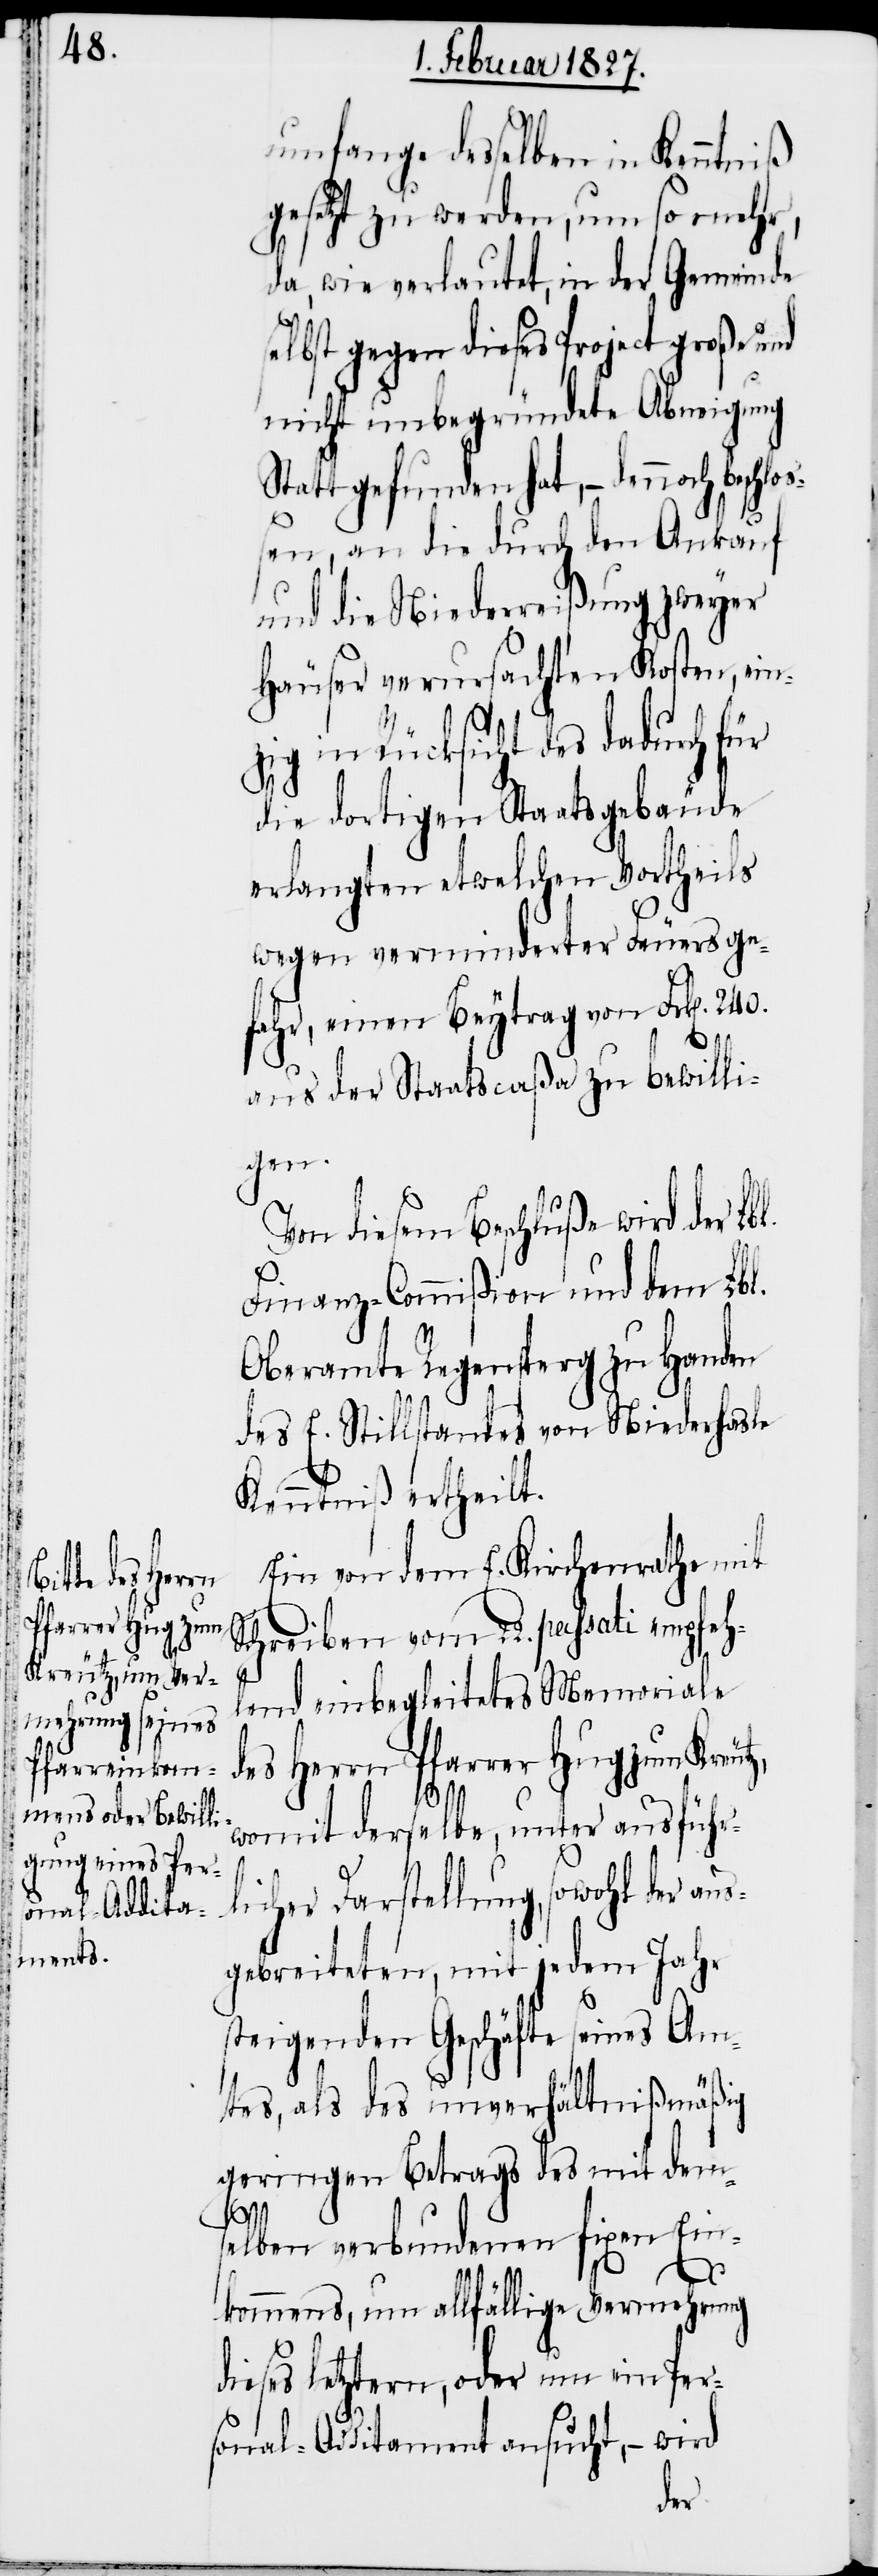
l.

umfange desselben in Kenntniß
gesezt zu werden, um so mehr,
da, wie verlautet, in der Gemeinde
elbst gegen dieses Project große
nicht unbegründete Abneigung
Statt gefunden hat, – dennoch beschlo¬
ßen, an die durch den Ankauf
und die Niederreißung zweyer
Häuser verursachten Kosten, ein¬
zig in Rücksicht des dadurch für
die dortigen Staatsgebäude
erlangten etwelchen Vortheils
wegen verminderter Feuersge¬
fahr, einen Beytrag von Frk[en]. 240.
aus¬
aus der Staatscaßa zu bewilli¬
gen.
Von diesem Beschluße wird der Lb¬
Finanz-Commißion und dem Lbl.
Oberamte Regensperg zu Handen
des E. Stillstandes von Niederhasle
Kenntniß ertheilt.
Ein von dem E. Kirchenrathe mit
Schreiben vom 22. passati empfeh¬
lend einbegleitetes Memoriale
des Herrn Pfarrer Hug zum Kre¬
womit derselbe, unter ausführ¬
licher Darstellung, sowohl der
gebreiteten, mit jedem Jahr
steigenden Geschäfte seines Am¬
tes, als des unverhältnißmäßig
geringen Betrags des mit dem¬
selben verbundenen fixen Ein¬
kommens, um allfällige Vermehrung
dieses letztern, oder um ein Per¬
sonal-Additament ansucht, – wird